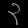
Digit: ၃